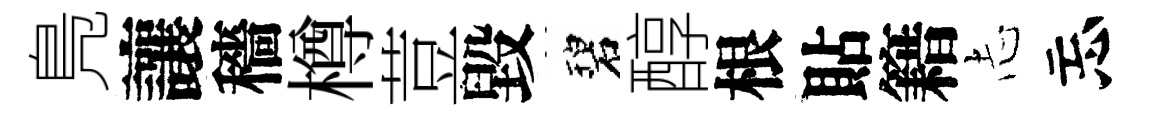
鳬讓穡樽荳毀碧醇根貼籍𢖽忘